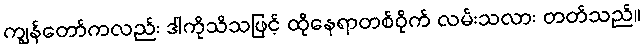
ကျွန်တော်ကလည်း ဒါကိုသိသဖြင့် ထိုနေရာတစ်ဝိုက် လမ်းသလား တတ်သည်။